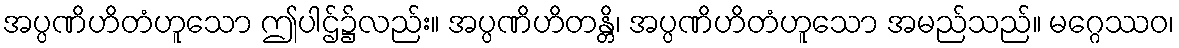
အပ္ပဏိဟိတံဟူသော ဤပါဌ်၌လည်း။ အပ္ပဏိဟိတန္တိ၊ အပ္ပဏိဟိတံဟူသော အမည်သည်။ မဂ္ဂေဿဝ၊